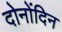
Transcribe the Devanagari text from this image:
दोनोंदिन